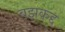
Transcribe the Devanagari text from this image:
बझकद्द